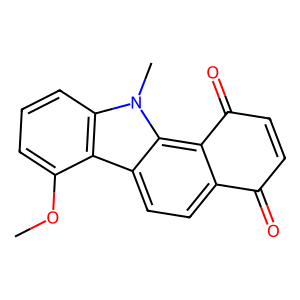
SMILES: COc1cccc2c1c1ccc3c(c1n2C)C(=O)C=CC3=O
Inhibits HIV replication: No